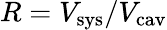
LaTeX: R=V_{\mathrm{sys}}/V_{\mathrm{cav}}